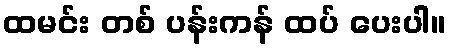
ထမင်း တစ် ပန်းကန် ထပ် ပေးပါ။